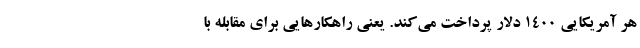
هر آمریکایی ۱۴۰۰ دلار پرداخت می‌کند. یعنی راهکارهایی برای مقابله با